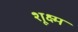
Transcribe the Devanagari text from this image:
शूक्ष्म